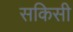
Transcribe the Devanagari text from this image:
सकिसी